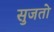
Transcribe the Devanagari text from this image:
सुजतो